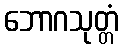
ဘောဂသုတ္တံ